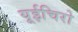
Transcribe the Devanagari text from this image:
यूईचिरो